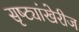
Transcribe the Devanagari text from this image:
सृष्ट्यांखेरीज